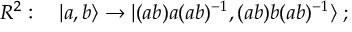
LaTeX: { \cal R } ^ { 2 } : \quad | a , b \rangle \to | ( a b ) a ( a b ) ^ { - 1 } , ( a b ) b ( a b ) ^ { - 1 } \rangle \; ;